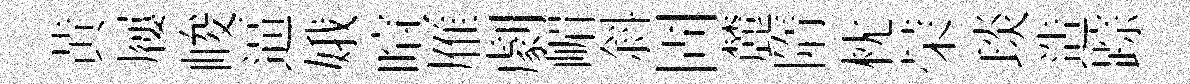
黄屨峻逼娥喧雁劇嵋斜固麓隋枕荣琰造踪